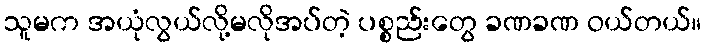
သူမက အယုံလွယ်လို့မလိုအပ်တဲ့ ပစ္စည်းတွေ ခဏခဏ ဝယ်တယ်။